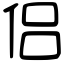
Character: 侣